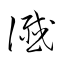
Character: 讖